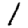
Digit: 1